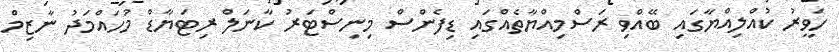
ހަވީރު ކުއްލިއްޔާގައި ބޭއްވި ރަސްމިއްޔާތެއްގައި ޑިފެންސް މިނިސްޓަރު ކާނަލް ރިޓަޔާޑް މުހައްމަދު ނާޒިމް